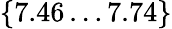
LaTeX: {\{ 7.46\dots 7.74\} }